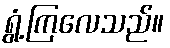
ရွံ့ကြလေသည်။